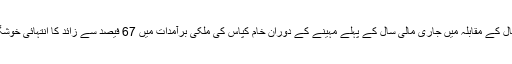
اس طرح گزشتہ سال کے مقابلہ میں جاری مالی سال کے پہلے مہینے کے دوران خام کپاس کی ملکی برآمدات میں 67 فیصد سے زائد کا انتہائی خوشگوار اضافہ ہوا ہے۔